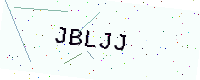
Text: JBLJJ